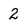
Character: 2